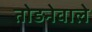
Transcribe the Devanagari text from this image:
तोड़नेवाले